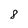
Character: 8